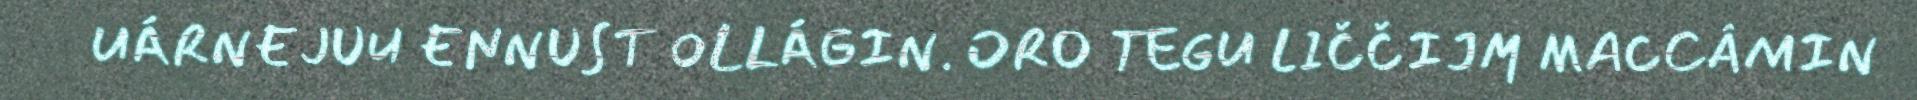
UÁRNEJUU ENNUST OLLÁGIN. ORO TEGU LIČČIJM MACCÂMIN